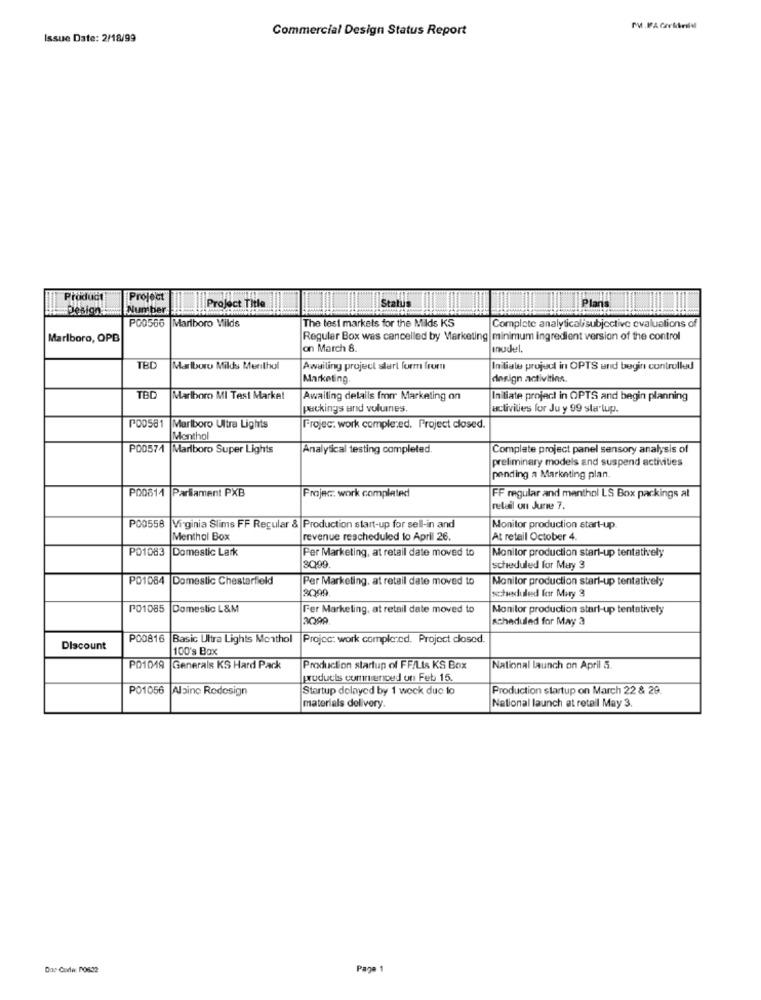
Commercial Design Status Report
MM.FFA CorMrildl
Issue Date: 2/18/99
Product
Project
Status
=Design
Nun ber
Project Title
P00566
The test markets for the Milds KS
Marlboro Milds
Complete analyticalisubjective evaluations of
Marlboro, OPB
Regular Box was cancelled by Marketing minimum ingredient version of the control
on March 8.
Inudel
TBC
Marlboro Milds Merthul
Awailing project start form from
Initiale project in OPTS und begin controlled
Marketing
design activities.
TBC
Marlboro MI Test Market
Awaiting details fromr Marketing on
Initiate project in OPTS and begin planning
packings and volumes.
activities for Ju y 99 sla lup.
P00581 |Marlboro Ultra Lights
Projec: work completed. Project closed.
Menthol
P00574 Marlboro Super Lights
Analytical testing completed.
Complete project panel sensory analysis of
preliminary models and suspend activities
pending a Marketing plan.
P00814
Parlament PXB
Frajec: work completed
FF regular and menthol LS Box packings al
retail on June 7.
P00558 Virginia Slims FF Regular & Production start-up for sell-in and
Monitor production start-up
Menthol Box
revenue rescheduled to April 26.
At retail October 4.
PO1083 Domestic Lark
Per Marketing, at retail date moved to
Monitor production start-up tentatively
3099
scheduled for May 3
PO1064 Domestic Chesterfield
Per Marketing, at retail date moved to
Monitor production start-up tentatively
2000.
schuduled fer Mary 3
P01085 Domestic L&M
Fer Marketing, at retail date moved to
Monitor production start-up tentatively
3099
scheduled for May 3
P00816
Basic Ultra Lights Monthol
Projec: work complered. Project closed.
Discount
100's Box
PO1049
Generals KS Hard Pack
Production startup of FF/LIs KS Box
National launch on April 5.
products commenced on Feb 15.
P01056 Alainc Redesign
Startup delayed by 1 week due to
Production startup on March 22 & 29.
materials delivery.
National launch at retail May 3.
Page 1